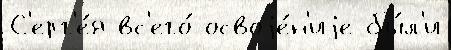
С'ерг'е́я вс'его́ освоjе́н'иjе бы́л'и